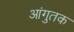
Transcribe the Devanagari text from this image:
आंगुतक